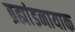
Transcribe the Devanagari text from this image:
ब्रह्मांडनायाक